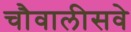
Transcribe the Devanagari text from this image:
चौवालीसवे